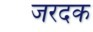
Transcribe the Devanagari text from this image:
जरदक